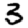
Digit: 3